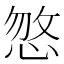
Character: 𢜕